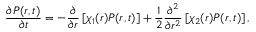
\frac { \partial P ( r , t ) } { \partial t } = - \frac { \partial } { \partial r } \left[ \chi _ { 1 } ( r ) P ( r , t ) \right] + \frac { 1 } { 2 } \frac { \partial ^ { 2 } } { \partial r ^ { 2 } } \left[ \chi _ { 2 } ( r ) P ( r , t ) \right] ,